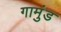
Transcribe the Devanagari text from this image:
गामुंड